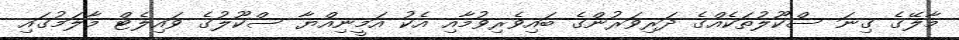
މާލޭގެ ގިނަ ސްކޫލުތަކެއްގެ ދަރިވަރުންގެ ބައިވެރިވުމާއި އެކު އަމީނިއްޔާ ސްކޫލުގެ ވައިލެޓް މާލަމުގައި